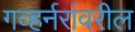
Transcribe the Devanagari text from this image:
गव्हर्नरांवरील